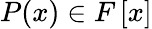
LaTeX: P(x)\in F\left[x\right]